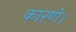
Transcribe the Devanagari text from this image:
कारणे।